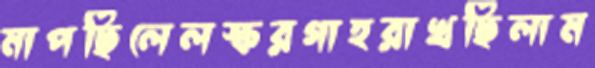
মাপছিলেলস্করগাহরাখছিলাম